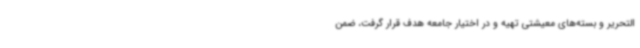
التحریر و بسته‌های معیشتی تهیه و در اختیار جامعه هدف قرار گرفت، ضمن